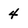
Character: 4